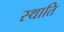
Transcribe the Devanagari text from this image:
स्थाति